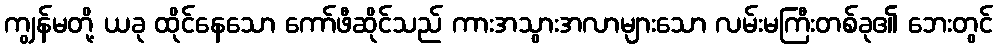
ကျွန်မတို့ ယခု ထိုင်နေသော ကော်ဖီဆိုင်သည် ကားအသွားအလာများသော လမ်းမကြီးတစ်ခု၏ ဘေးတွင်